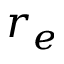
r _ { e }